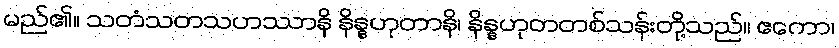
မည်၏။ သတံသတသဟဿာနိ နိန္နဟုတာနိ၊ နိန္နဟုတတစ်သန်းတို့သည်။ ဧကော၊